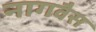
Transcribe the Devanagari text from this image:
नागवैस